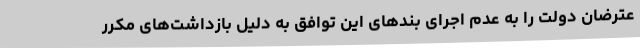
عترضان دولت را به عدم اجرای بندهای این توافق به دلیل بازداشت‌های مکرر